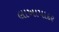
લાખાપાદર